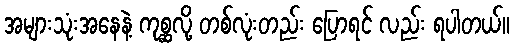
အများသုံးအနေနဲ့ ကုစ္ဆလို့ တစ်လုံးတည်း ပြောရင် လည်း ရပါတယ်။